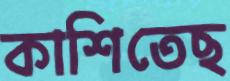
কাশিতেছ